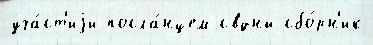
уча́ст'иjи посла́нцем свднй сбо́рн'ик